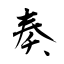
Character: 奏